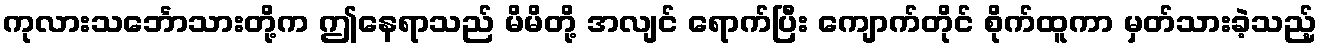
ကုလားသင်္ဘောသားတို့က ဤနေရာသည် မိမိတို့ အလျင် ရောက်ပြီး ကျောက်တိုင် စိုက်ထူကာ မှတ်သားခဲ့သည့်